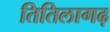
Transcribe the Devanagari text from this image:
तितिलागढ़